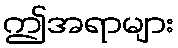
ဤအရာများ